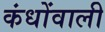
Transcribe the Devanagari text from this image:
कंधोंवाली